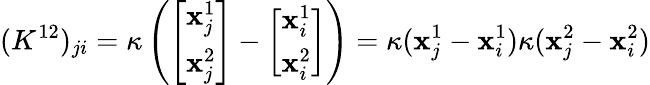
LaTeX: (K^{12})_{ji}=\kappa\left(\left[\begin{array}{l}{\mathbf{x}_{j}^{1}}\\ {\mathbf{x}_{j}^{2}}\end{array}\right]-\left[\begin{array}{l}{\mathbf{x}_{i}^{1}}\\ {\mathbf{x}_{i}^{2}}\end{array}\right]\right)=\kappa(\mathbf{x}_{j}^{1}-\mathbf{x}_{i}^{1})\kappa(\mathbf{x}_{j}^{2}-\mathbf{x}_{i}^{2})